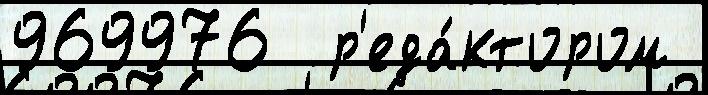
969976  р'еда́ктором